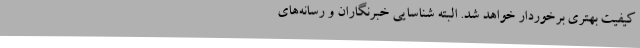
کیفیت بهتری برخوردار خواهد شد. البته شناسایی خبرنگاران و رسانه‌های